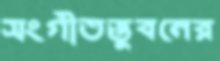
সংগীতভুবনের